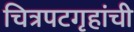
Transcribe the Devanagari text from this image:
चित्रपटगृहांची